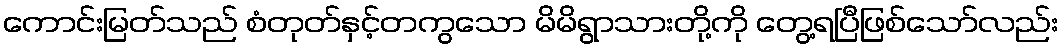
ကောင်းမြတ်သည် စံတုတ်နှင့်တကွသော မိမိရွာသားတို့ကို တွေ့ရပြီဖြစ်သော်လည်း